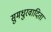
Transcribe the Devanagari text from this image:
सुमधुरवादिता